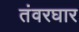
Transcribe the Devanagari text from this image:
तंवरघार